65_HS1-834228961_62-HQ-83894_Serial_164
Agency: FBI
Page 131
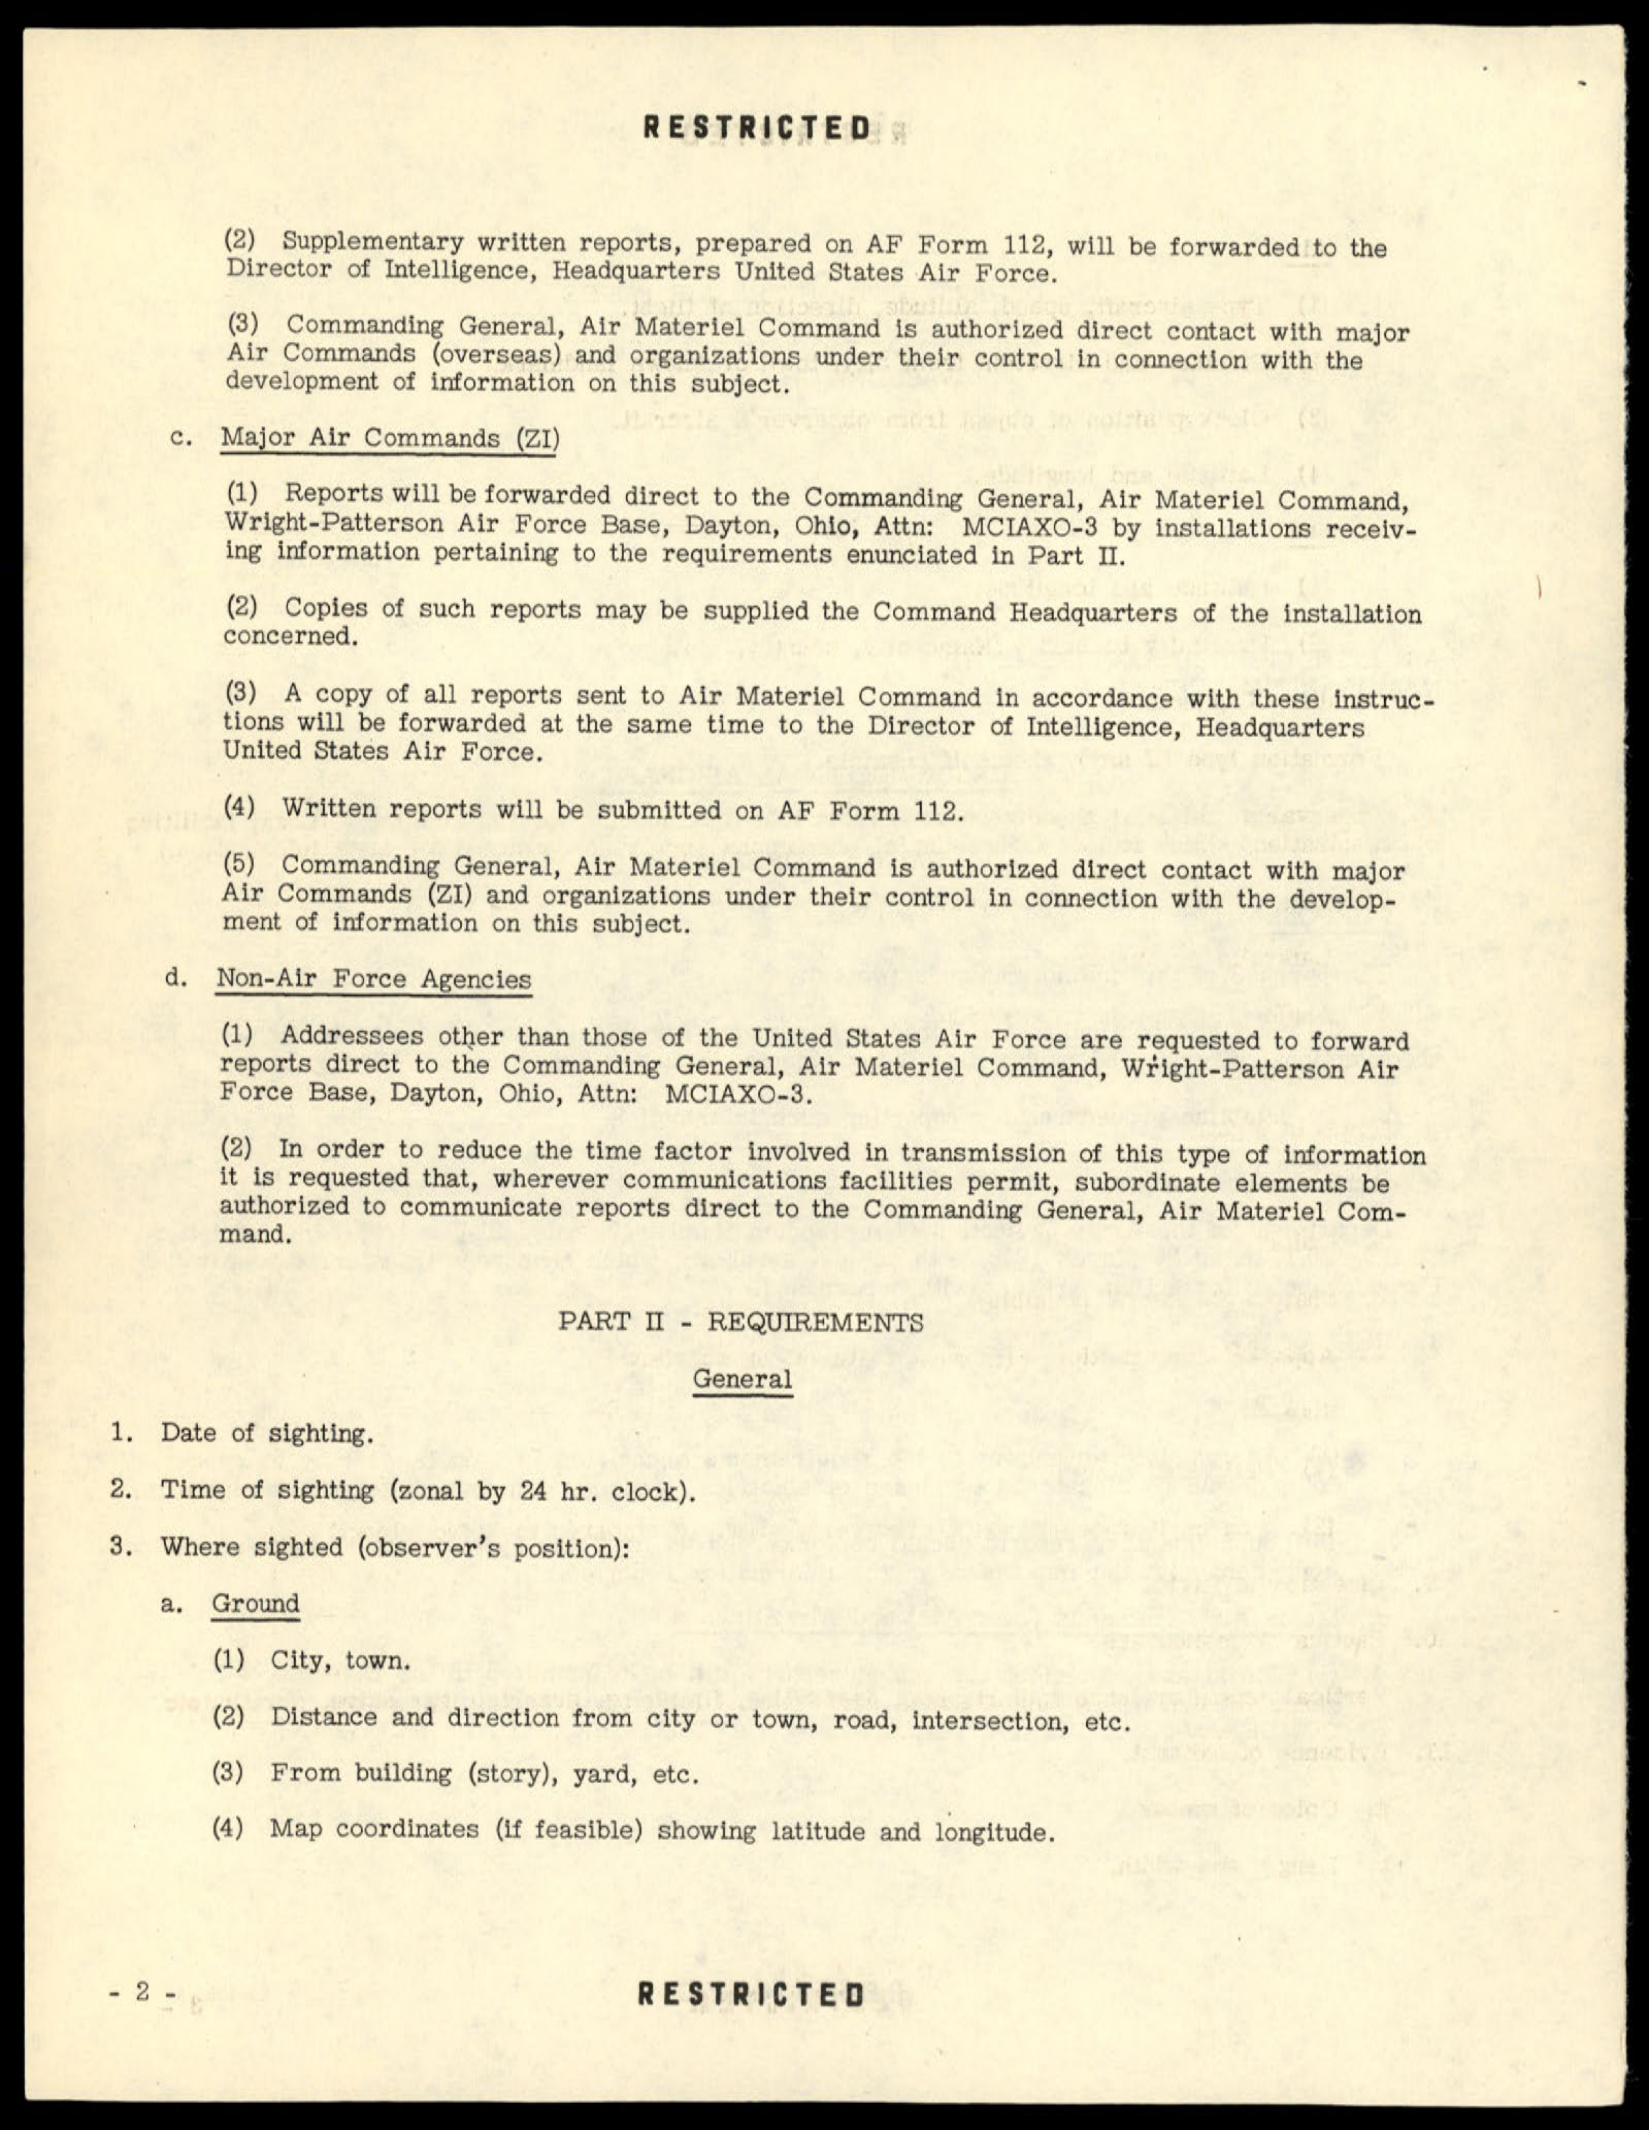